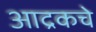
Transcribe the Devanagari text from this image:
आद्रकचे